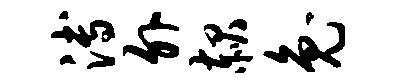
溥外赧兔